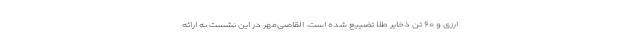
ارزی و ۶۰ تن ذخایر طلا تضییع شده است. القاصی‌مهر در این نشست به ارائه